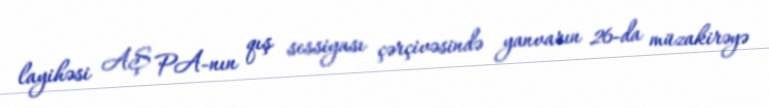
layihəsi AŞ PA-nın qış sessiyası çərçivəsində yanvarın 26-da müzakirəyə